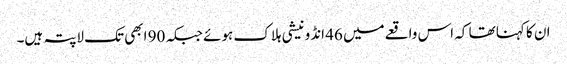
ان کا کہنا تھا کہ اس واقعےمیں 46 انڈونیشی ہلاک ہوئے جبکہ 90 ابھی تک لاپتہ ہیں۔